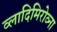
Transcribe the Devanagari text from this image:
व्लादिमिरोव्ना